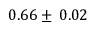
0 . 6 6 \pm \: 0 . 0 2